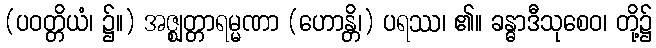
(ပဝတ္တိယံ၊ ၌။) အဇ္ဈတ္တာရမ္မဏာ (ဟောန္တိ၊) ပရဿ၊ ၏။ ခန္ဓာဒီသုစေဝ၊ တို့၌